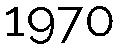
1970